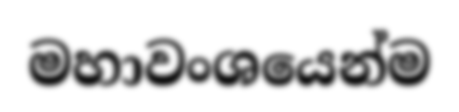
මහාවංශයෙන්ම